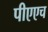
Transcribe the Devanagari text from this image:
पीएएच